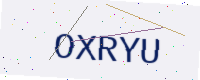
Text: OXRYU